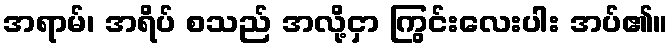
အရာမ်၊ အရိပ် စသည် အလို့ငှာ ကြွင်းလေးပါး အပ်၏။